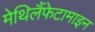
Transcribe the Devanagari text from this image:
मेथिलैंफेटामाइन